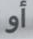
أو